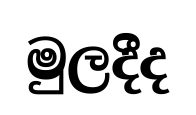
මුලදීද